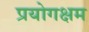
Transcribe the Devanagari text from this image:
प्रयोगक्षम